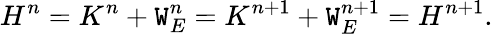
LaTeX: H^{n}=K^{n}+\mathtt{W}_{E}^{n}=K^{n+1}+\mathtt{W}_{E}^{n+1}=H^{n+1}.